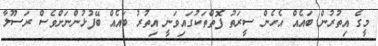
މީގެ އިތުރުން ބައެއް އެހެން ސީރަތު ފޮތްތަކުގައިވަނީ އިތުރު ބައެއް ބޭފުޅުންނަށްވެސް ރަސޫލާ